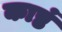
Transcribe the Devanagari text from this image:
काष्ठं